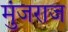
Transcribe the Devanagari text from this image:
मुंजराज